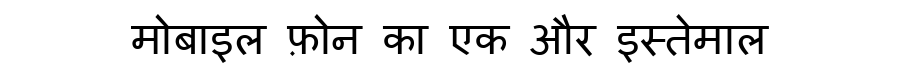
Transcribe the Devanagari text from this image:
मोबाइल फ़ोन का एक और इस्तेमाल